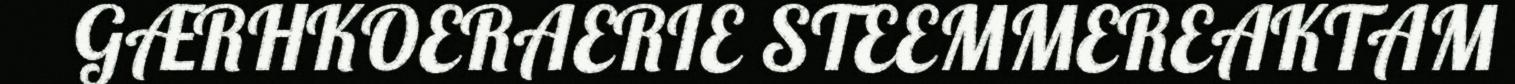
GÆRHKOERAERIE STEEMMEREAKTAM